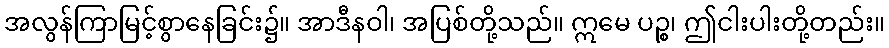
အလွန်ကြာမြင့်စွာနေခြင်း၌။ အာဒီနဝါ၊ အပြစ်တို့သည်။ ဣမေ ပဉ္စ၊ ဤငါးပါးတို့တည်း။